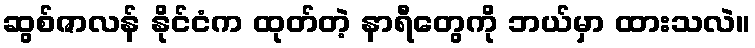
ဆွစ်ဇာလန် နိုင်ငံက ထုတ်တဲ့ နာရီတွေကို ဘယ်မှာ ထားသလဲ။